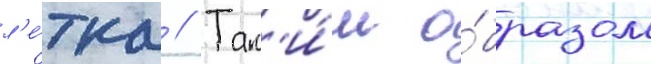
л'е́тка // Так'и́м о́бразом